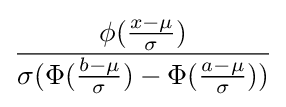
{\frac {\phi ({\frac {x-\mu }{\sigma }})}{\sigma (\Phi ({\frac {b-\mu }{\sigma }})-\Phi ({\frac {a-\mu }{\sigma }}))}}